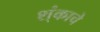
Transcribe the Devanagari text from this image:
श्ंकाचे